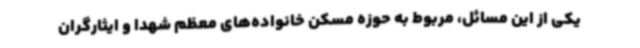
یکی از این مسائل، مربوط به حوزه مسکن خانواده‌های معظم شهدا و ایثارگران